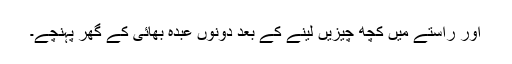
اور راستے میں کچھ چیزیں لینے کے بعد دونوں عبدہ بھائی کے گھر پہنچے۔